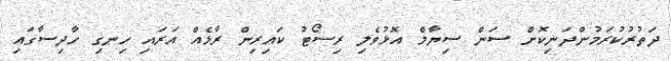
ދަތުރުކުރަމުންދަނިކޮށް ސަން ސިޔާމް އޮޅުވެލި ރިސޯޓު ކައިރިން ރާޅެއް އަރައި ހިނގި ހާދިސާގައި